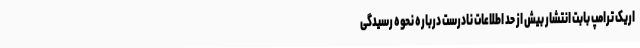
اریک ترامپ بابت انتشار بیش از حد اطلاعات نادرست درباره نحوه رسیدگی